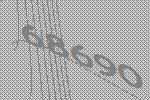
68690